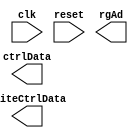
`timescale 1ns / 1ps
//////////////////////////////////////////////////////////////////////////////////
// Company: 
// Engineer: 
// 
// Design Name: 
// Module Name: phy_chip_conf_fsm
// Project Name: 
// Target Devices: 
// Tool Versions: 
// Description: 
// 
// Dependencies: 
// 
// Revision:
// Revision 0.01 - File Created
// Additional Comments:
// 
//////////////////////////////////////////////////////////////////////////////////


module phy_chip_conf_fsm(
    input clk,
    input reset,
    
    output [15:0] ctrlData,
    output [4:0]  rgAd,
    output        writeCtrlData
    
    );
    
    localparam [1:0] 
        idleState = 4'b0000,
        resetState = 4'b0001, 
        setData1State = 4'b0010,
        sendData1State = 4'b0011,
        wait1State = 4'b0100,
        setData2State = 4'b0101,
        sendData2State = 4'b0110,
        wait2State = 4'b0111,
        setData3State = 4'b1000,
        sendData3State = 4'b1001,
        wait3State = 4'b1010;
        
    reg state_reg, state_next;
    reg [31:0] counter;
    reg [15:0] ctrlData_reg;
    reg [4:0]  rgAd_reg;
    reg writeCtrlData_reg;
    reg reset_reg;
    
    always @(posedge clk) begin
        if(reset) begin
            state_reg <= idleState;
        end
        else begin
            state_reg <= state_next;
        end
    end
    
    always @(state_reg, counter, reset, reset_reg)  begin
        state_next = state_reg;
        
        case(state_reg)
            idleState:
                if(!reset && reset_reg)
                    state_next <= resetState;
            resetState: 
                state_next <= setData1State;
            setData1State:
            begin
                ctrlData_reg <= 1'b0;
                //rgAd_reg <= 5'd9;
                rgAd_reg <= 5'd0;
                writeCtrlData_reg <= 16'h2100; //nexys video: 16'h0200, arty a7: 16'h2100
                state_next <= sendData1State;
            end
            sendData1State:
            begin
                ctrlData_reg <= 1'b1;
                state_next <= wait1State;
            end
            wait1State:
            begin
                if(counter == 32'd1000000)
                    //state_next <= setData2State;
                    state_next <= idleState;
            end
            setData2State:
            begin
                ctrlData_reg <= 1'b0;
                rgAd_reg <= 5'd4;
                writeCtrlData_reg <= 16'h0000;
                state_next <= sendData2State;
            end
            sendData2State:
            begin
                ctrlData_reg <= 1'b1;
                state_next <= wait2State;
            end
            wait2State:
            begin
                if(counter == 32'd1000000)
                    state_next <= setData3State;
            end
            setData3State:
            begin
                ctrlData_reg <= 1'b0;
                rgAd_reg <= 5'd0;
                writeCtrlData_reg <= 16'h9000;
                state_next <= sendData3State;
            end
            sendData3State:
            begin
                ctrlData_reg <= 1'b1;
                state_next <= wait3State;
            end
            wait3State:
            begin
                if(counter == 32'd1000000)
                    state_next <= idleState;
            end 
        endcase
    end
    
    always @(posedge clk) begin
        reset_reg <= reset;
    end
    
    always @(posedge clk) begin
        if(reset)
            counter <= 1'b0;
        else begin
            if((state_reg == wait1State) || (state_reg == wait2State) || (state_reg == wait3State))
                counter <= counter + 1'b1;
            else
                counter <= 1'b0;
        end
    end

    assign ctrlData = ctrlData_reg;
    assign rgAd = rgAd_reg;
    assign writeCtrlData = writeCtrlData_reg;
    
    
endmodule